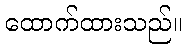
ထောက်ထားသည်။